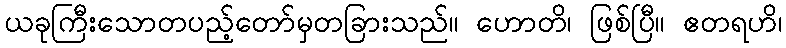
ယခုကြီးသောတပည့်တော်မှတခြားသည်။ ဟောတိ၊ ဖြစ်ပြီ။ ဧတရဟိ၊